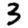
Digit: 3